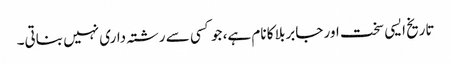
تاریخ ایسی سخت اور جابر بلا کا نام ہے، جو کسی سے رشتہ داری نہیں بناتی۔